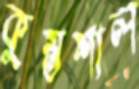
কুম্ভশাল